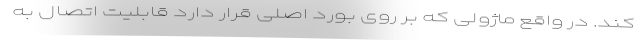
کند. در واقع ماژولی که بر روی بورد اصلی قرار دارد قابلیت اتصال به